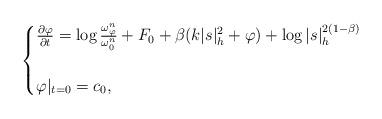
LaTeX: \begin{align*}\begin{cases} \frac{\partial \varphi}{\partial t}=\log\frac{\omega_{\varphi}^{n}}{\omega_{0}^{n}}+F_{0}+\beta(k|s|_{h}^{2}+\varphi)+\log|s|_{h}^{2(1-\beta)}\\ \\ \varphi|_{t=0}=c_{0}, \\ \end{cases}\end{align*}